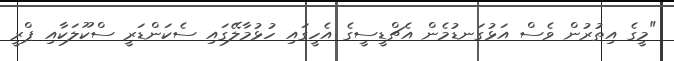
"މީގެ އިތުރުން ވެސް އަޅުގަނޑުމެން އެޗްޑީސީގެ އެހީގައި ހުޅުމާލޭގައި ސެކަންޑަރީ ސްކޫލަކާއި ޕްރީ